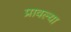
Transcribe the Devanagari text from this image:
प्रावल्या